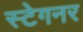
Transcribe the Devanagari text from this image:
स्टेगनर